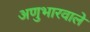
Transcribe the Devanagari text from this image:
अणुभारवाले